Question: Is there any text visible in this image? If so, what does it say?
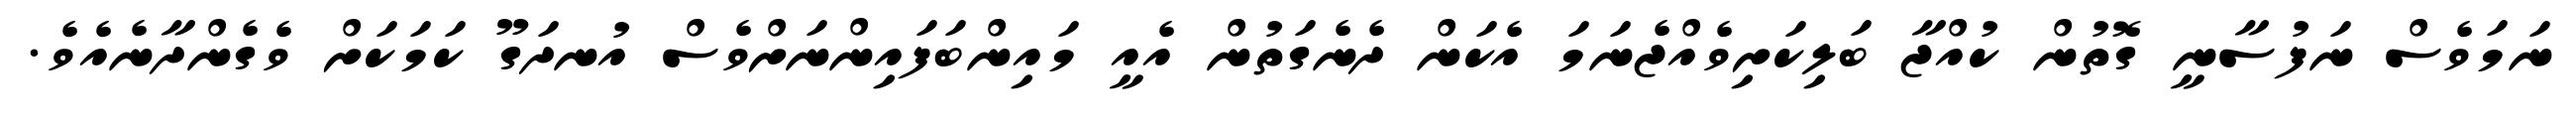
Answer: ނަމަވެސް ނަފުސާނީ ގޮތުން ކުއްޖާ ބަލިކަށިވެއްޖެނަމަ އެކަން ދެނެގަތުން އެއީ މައިންބަފައިންނަށްވެސް އުނދަގޫ ކަމަކަށް ވެގެންދާނެއެވެ.